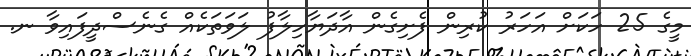
މީގެ 25 ހަކަށް އަހަރު ކުރިން ފެށިގެން އާދަޔާހިލާފު ލަވަތަކެއް ގެނެސްދީފައިވާ ނ.